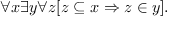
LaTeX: \forall x \exists y \forall z [ z \subseteq x \Rightarrow z \in y ] .